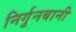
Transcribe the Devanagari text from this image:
निर्गुनबानी